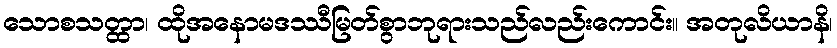
သောစသတ္ထာ၊ ထိုအနောမဒဿီမြတ်စွာဘုရားသည်လည်းကောင်း။ အတုလိယာနိ၊